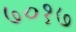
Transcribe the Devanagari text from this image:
७०१७